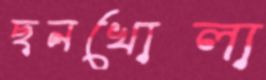
ছনখোলা